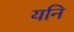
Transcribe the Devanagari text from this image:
यनि